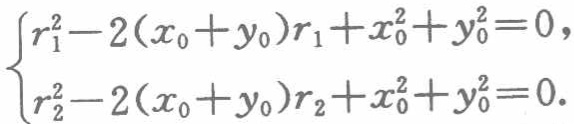
$\begin{cases}

r_{1}^{2}-2(x_{0}+y_{0})r_{1}+x_{0}^{2}+y_{0}^{2}=0,\\

r_{2}^{2}-2(x_{0}+y_{0})r_{2}+x_{0}^{2}+y_{0}^{2}=0.

\end{cases}$